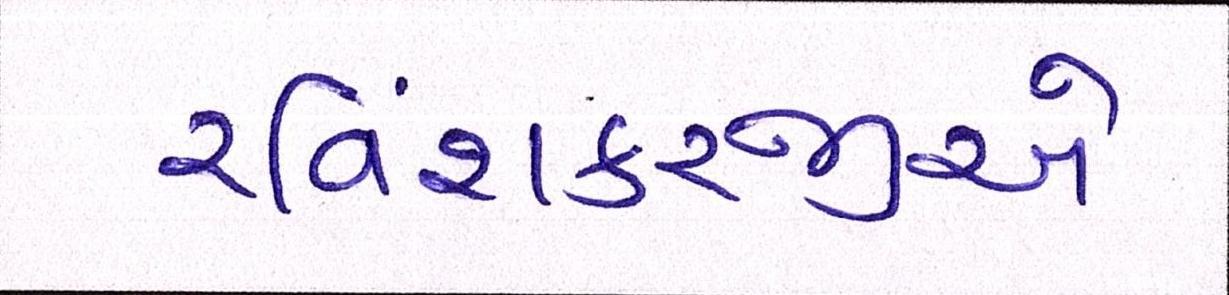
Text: રવિશંકરજીએ